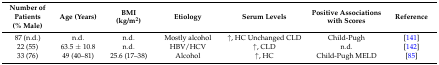
| Number of Patients (% Male) | Age (Years) | BMI (kg/m2) | Etiology | Serum Levels | Positive Associations with Scores | Reference |
 | --- | --- | --- | --- | --- | --- | --- |
 | 87 (n.d.) | n.d. | n.d. | Mostly alcohol | ↑, HC Unchanged CLD | Child-Pugh | [141] |
 | 22 (55) | 63.5 ± 10.8 | n.d. | HBV/HCV | ↑, CLD | n.d. | [142] |
 | 33 (76) | 49 (40–81) | 25.6 (17–38) | Alcohol | ↑, HC | Child-Pugh MELD | [85] |